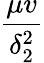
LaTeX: \frac{\mu v}{\delta_{2}^{2}}